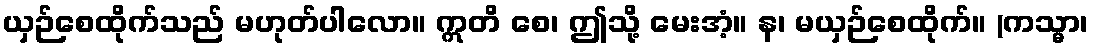
ယှဉ်စေထိုက်သည် မဟုတ်ပါလော။ ဣတိ စေ၊ ဤသို့ မေးအံ့။ န၊ မယှဉ်စေထိုက်။ (ကသ္မာ၊